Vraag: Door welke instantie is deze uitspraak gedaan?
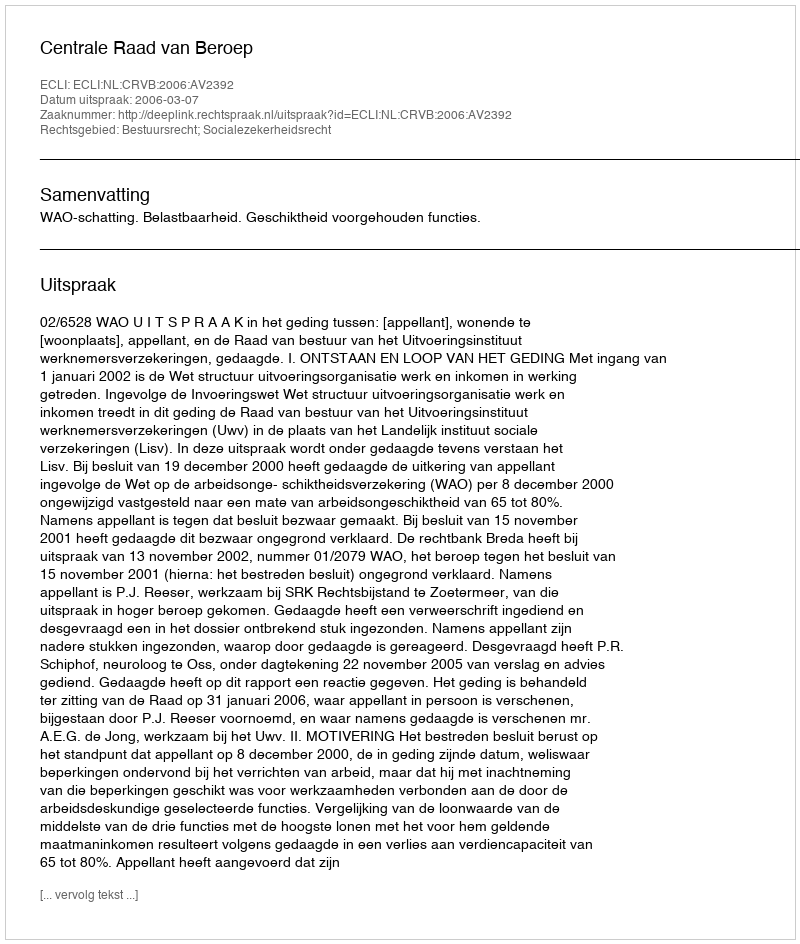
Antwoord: Centrale Raad van Beroep